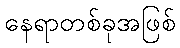
နေရာတစ်ခုအဖြစ်